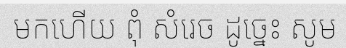
មកហើយ ពុំ សំរេច ដូច្នេះ សូម